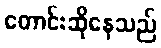
တောင်းဆိုနေသည်